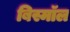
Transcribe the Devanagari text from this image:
बिस्मॉल